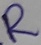
Text: R